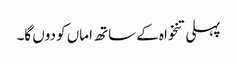
پہلی تنخواہ کے ساتھ اماں کو دوں گا۔